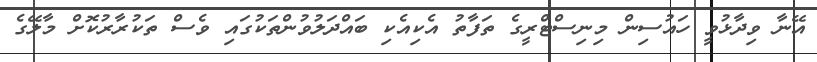
އޭނާ ވިދާޅުވީ ހައުސިން މިނިސްޓްރީގެ ތަފާތު އެކިއެކި ބައްދަލުވުންތަކުގައި ވެސް ތަކުރާރުކޮށް މާލޭގެ